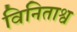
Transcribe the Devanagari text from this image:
विनिताश्व